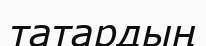
татардың